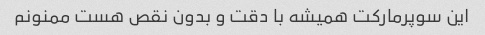
این سوپرمارکت همیشه با دقت و بدون نقص هست ممنونم